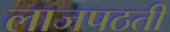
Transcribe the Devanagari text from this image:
लाजपठती